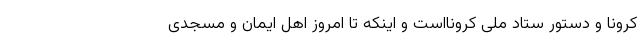
کرونا و دستور ستاد ملی کرونااست و اینکه تا امروز اهل ایمان و مسجدی